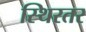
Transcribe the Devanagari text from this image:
स्थिरतर